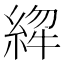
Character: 𱹸